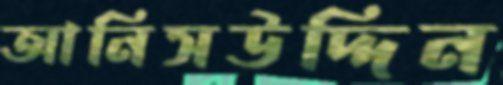
আনিসউদ্দিন